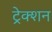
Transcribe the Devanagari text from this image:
ट्रेक्शन